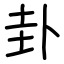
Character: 卦